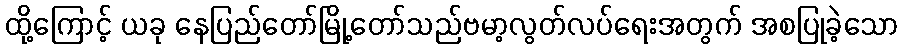
ထို့ကြောင့် ယခု နေပြည်တော်မြို့တော်သည်ဗမာ့လွတ်လပ်ရေးအတွက် အစပြုခဲ့သော